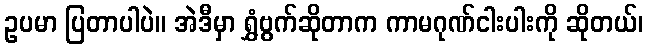
ဥပမာ ပြတာပါပဲ။ အဲဒီမှာ ရွှံဗွက်ဆိုတာက ကာမဂုဏ်ငါးပါးကို ဆိုတယ်၊